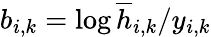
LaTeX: b_{i,k}=\log\overline{{h}}_{i,k}/y_{i,k}